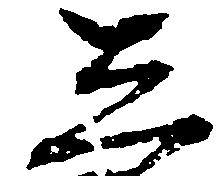
し